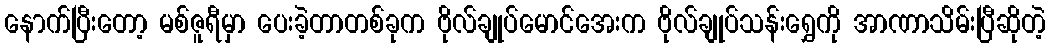
နောက်ပြီးတော့ မစ်ဇူရီမှာ ပေးခဲ့တာတစ်ခုက ဗိုလ်ချုပ်မောင်အေးက ဗိုလ်ချုပ်သန်းရွှေကို အာဏာသိမ်းပြီဆိုတဲ့